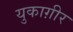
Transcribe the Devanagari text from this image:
युकाग़ीर